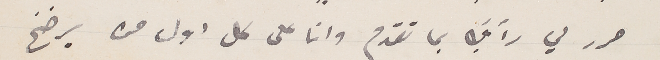
حرر لي رأيك بما تقدم وانا على كل اول من يرضخ